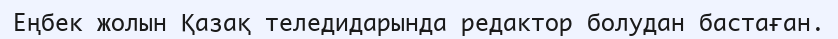
Еңбек жолын Қазақ теледидарында редактор болудан бастаған.